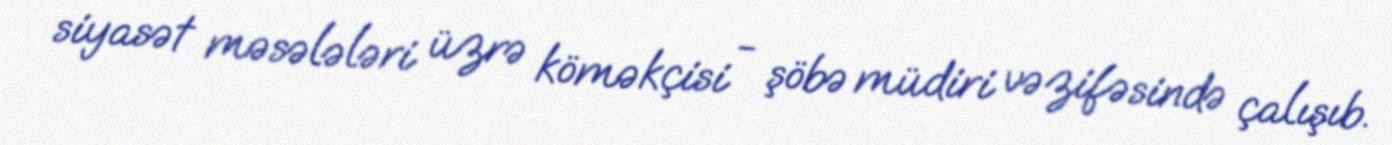
siyasət məsələləri üzrə köməkçisi - şöbə müdiri vəzifəsində çalışıb.